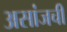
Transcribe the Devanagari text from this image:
असांजची